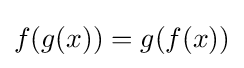
f(g(x))=g(f(x))